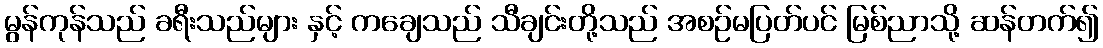
မွန်ကုန်သည် ခရီးသည်များ နှင့် ကချေသည် သီချင်းတို့သည် အစဉ်မပြတ်ပင် မြစ်ညာသို့ ဆန်တက်၍